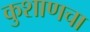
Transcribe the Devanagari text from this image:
कुशाणचा